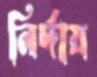
নির্দায়